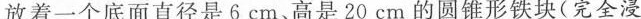
放着一个底面直径是6cm、高是20cm的圆锥形铁块(完全浸